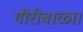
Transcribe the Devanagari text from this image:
गौरीबाळा।